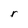
Character: r